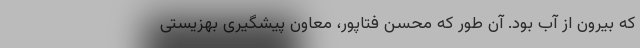
که بیرون از آب بود. آن‌ طور که محسن فتاپور، معاون پیشگیری بهزیستی